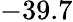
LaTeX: -39.7